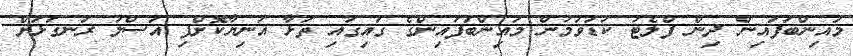
މައިންބަފައިން ދިން ފްލެޓު ކުޑަވުމުން މައިންބަފައިންގެ ގައިގައި ތަޅާ އަނިޔާކޮށްފި އަސްލު ރަނގަޅަށް